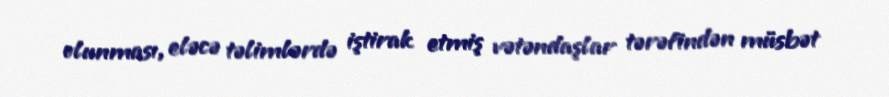
olunması, eləcə təlimlərdə iştirak etmiş vətəndaşlar tərəfindən müsbət